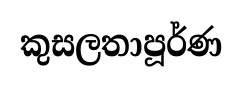
කුසලතාපූර්ණ